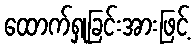
ထောက်ရှုခြင်းအားဖြင့်